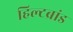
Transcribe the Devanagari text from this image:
हिल्टब्रांड